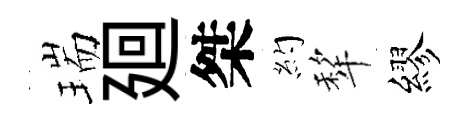
瑞廻桀約犂繆